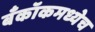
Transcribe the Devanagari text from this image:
बँकॉकमध्येच